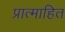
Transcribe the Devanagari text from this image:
प्रात्माहित